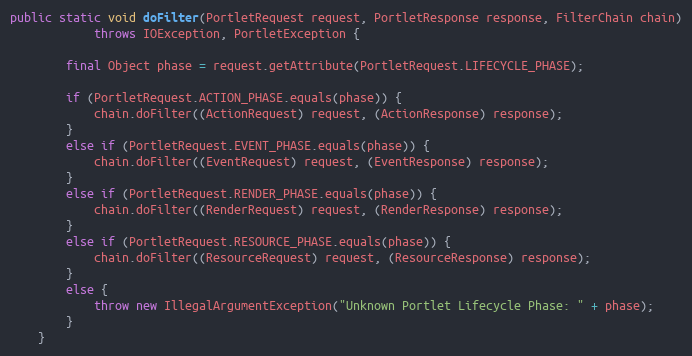
Language: Java
public static void doFilter(PortletRequest request, PortletResponse response, FilterChain chain)
            throws IOException, PortletException {

        final Object phase = request.getAttribute(PortletRequest.LIFECYCLE_PHASE);

        if (PortletRequest.ACTION_PHASE.equals(phase)) {
            chain.doFilter((ActionRequest) request, (ActionResponse) response);
        }
        else if (PortletRequest.EVENT_PHASE.equals(phase)) {
            chain.doFilter((EventRequest) request, (EventResponse) response);
        }
        else if (PortletRequest.RENDER_PHASE.equals(phase)) {
            chain.doFilter((RenderRequest) request, (RenderResponse) response);
        }
        else if (PortletRequest.RESOURCE_PHASE.equals(phase)) {
            chain.doFilter((ResourceRequest) request, (ResourceResponse) response);
        }
        else {
            throw new IllegalArgumentException("Unknown Portlet Lifecycle Phase: " + phase);
        }
    }